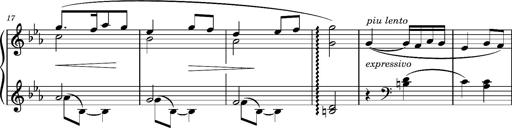
Title: La cloche sonne
Composer: Franz Liszt